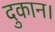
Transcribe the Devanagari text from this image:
दुकान।